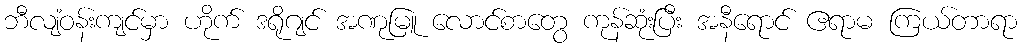
ဘီလျံဝန်းကျင်မှာ ဟိုက် ဒရိုဂျင် အဏုမြူ လောင်စာတွေ ကုန်ဆုံးပြီး အနီရောင် ဧရာမ ကြယ်တာရာ